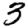
Digit: 3